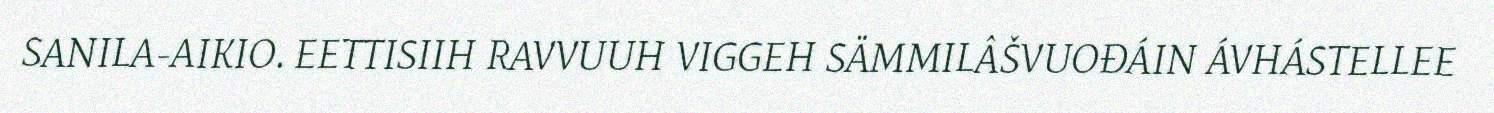
SANILA-AIKIO. EETTISIIH RAVVUUH VIGGEH SÄMMILÂŠVUOĐÁIN ÁVHÁSTELLEE